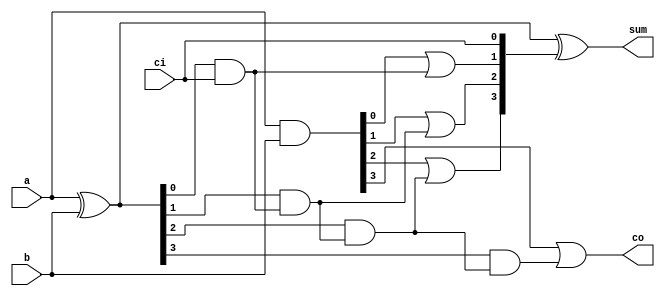
module full_4bits_fast(a,b,ci,co,sum);
	input [3:0]a,b;
	input ci;         //ci
	output [3:0]sum;  //
	output co;		  //co
	wire [4:0] g,p,c; //c

	assign  c[0]=ci ; //ci
	assign  p=a^b ;	  //
	assign  g=a&b ;	  //
	assign  c[1]=g[0]| (p[0]&(c[0]));
	assign  c[2]=g[1]| (p[1]&(p[0]&(c[0]))) ;
	assign  c[3]=g[2]| (p[2]&(p[1]&(p[0]&(c[0])))) ;
	assign  c[4]=g[3]| (p[3]&(p[2]&(p[1]&(p[0]&(c[0]))))) ;
	assign  sum=p^c[3:0] ;
	assign  co =c[4];
endmodule